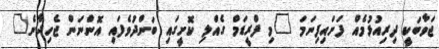
ޖަވާބަކީ ދިރިއުޅުމެއް ފަށައިފިނަމަ "މި ފްރީޑަމް ގެއްލި ކޮށީގައި ބަންދުވެފައި އޮންނަން ޖެހިދާނެ"